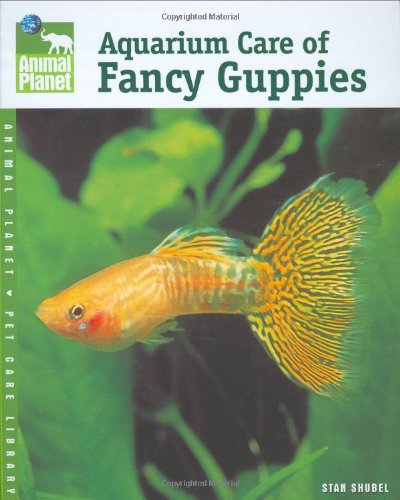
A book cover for Aquarium Care of Fancy Guppies (Animal Planet Pet Care Library); Stan Shubel; Crafts, Hobbies & Home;